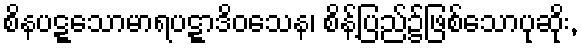
စိနပဋ္ဋသောမာရပဋ္ဋာဒိဝသေန၊ စိန့်ပြည်၌ဖြစ်သောပုဆိုး,